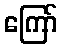
ကြော်